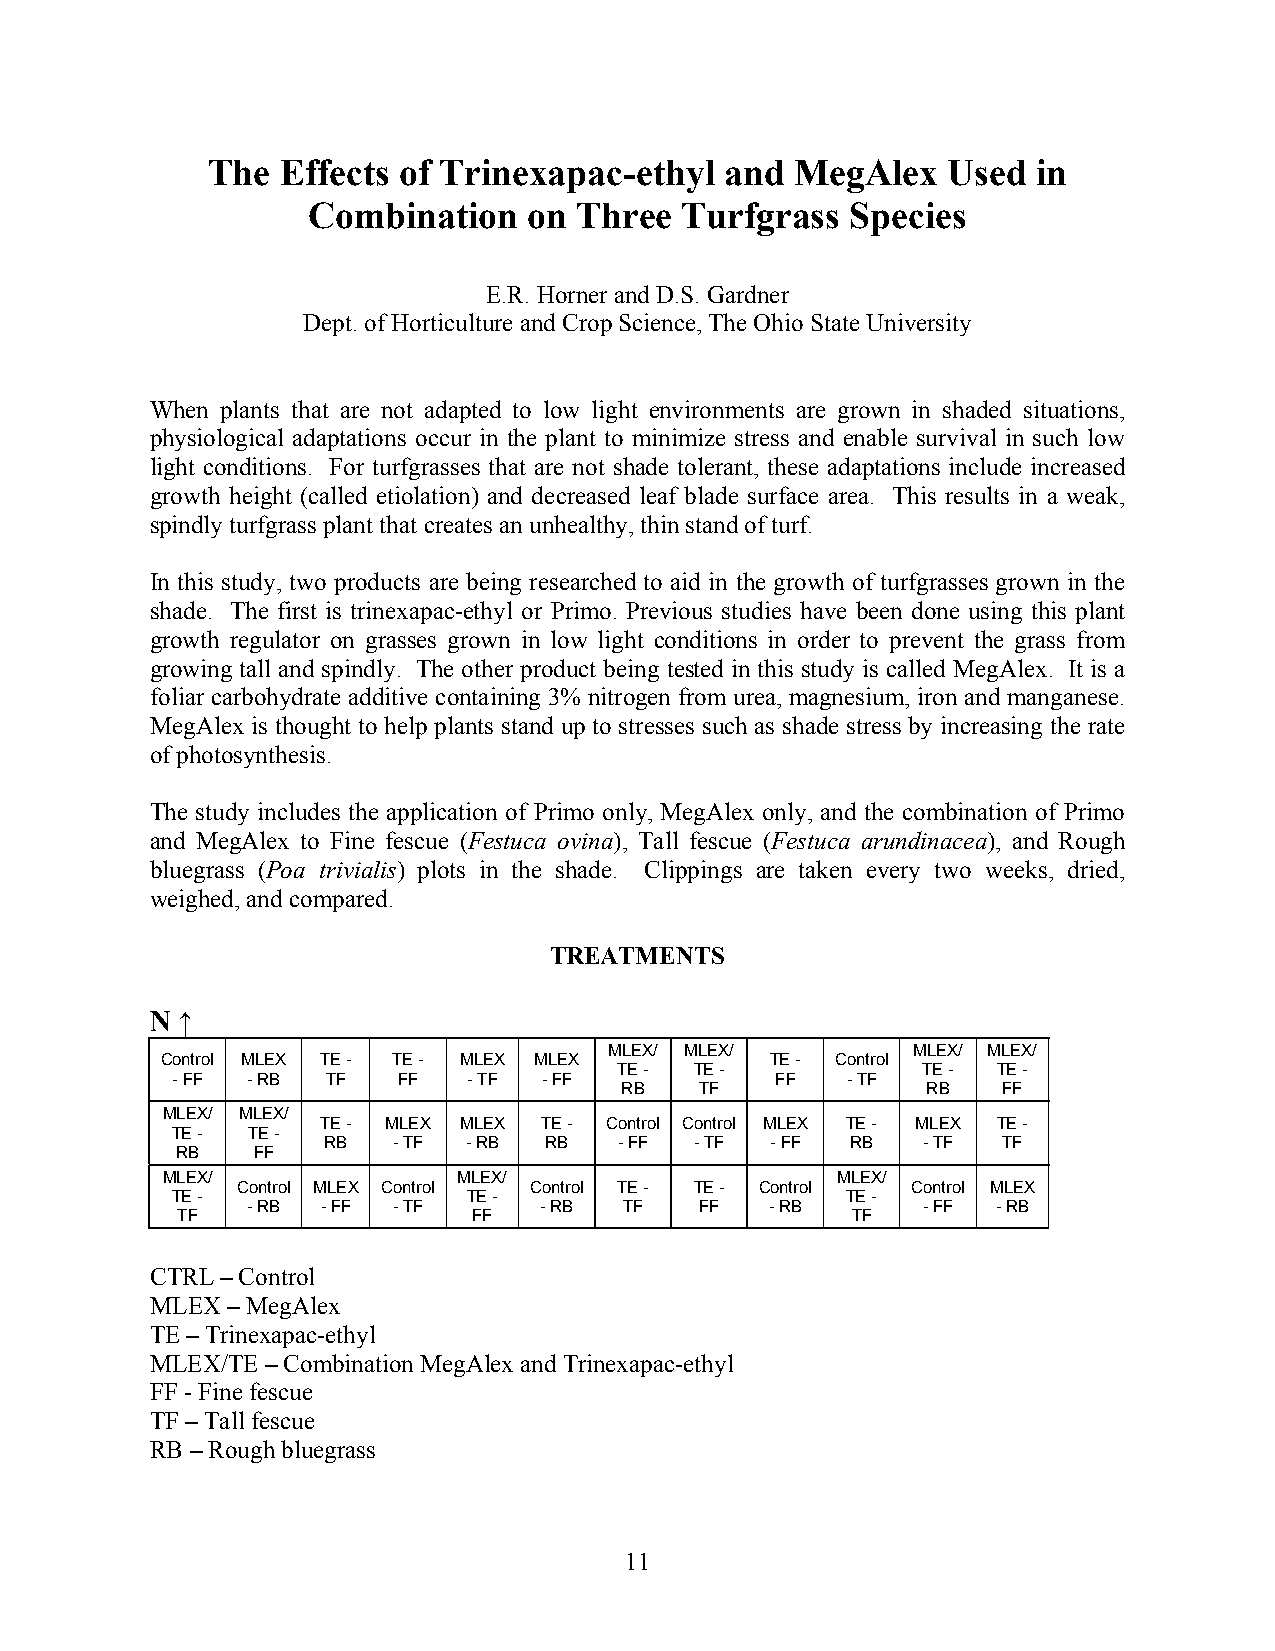
The  Effects of Trinexapac-ethyl  and  MegAlex   Used  in
 Combination    on Three  Turfgrass  Species
 E.R. Horner and D.S. Gardner
 Dept. of Horticulture and Crop Science, The Ohio State University
 When plants that are not adapted to low light environments are grown in shaded situations,
 physiological adaptations occur in the plant to minimize stress and enable survival in such low
 light conditions. For turfgrasses that are not shade tolerant, these adaptations include increased
 growth height (called etiolation) and decreased leaf blade surface area. This results in a weak,
 spindly turfgrass plant that creates an unhealthy, thin stand of turf.
 In this study, two products are being researched to aid in the growth of turfgrasses grown in the
 shade. The first is trinexapac-ethyl or Primo. Previous studies have been done using this plant
 growth regulator on grasses grown in low light conditions in order to prevent the grass from
 growing tall and spindly. The other product being tested in this study is called MegAlex. It is a
 foliar carbohydrate additive containing 3% nitrogen from urea, magnesium, iron and manganese.
 MegAlex is thought to help plants stand up to stresses such as shade stress by increasing the rate
 of photosynthesis.
 The study includes the application of Primo only, MegAlex only, and the combination of Primo
 and MegAlex to Fine fescue (Festuca ovina), Tall fescue (Festuca arundinacea), and Rough
 bluegrass (Poa trivialis) plots in the shade. Clippings are taken every two weeks, dried,
 weighed, and compared.
 TREATMENTS
 N ↑
 MLEX/ MLEX/         MLEX/ MLEX/
 Control MLEX TE - TE - MLEX MLEX        TE - Control
 TE - TE -           TE - TE -
 - FF - RB  TF  FF   - TF - FF           FF   - TF
 RB   TF             RB   FF
 MLEX/ MLEX/
 TE - MLEX MLEX TE - Control Control MLEX TE - MLEX TE -
 TE - TE -
 RB   - TF - RB RB   - FF - TF - FF RB   - TF TF
 RB   FF
 MLEX/              MLEX/                    MLEX/
 Control MLEX Control Control TE - TE - Control Control MLEX
 TE -                TE -                     TE -
 - RB - FF - TF      - RB TF   FF   - RB      - FF - RB
 TF                 FF                       TF
 CTRL – Control
 MLEX – MegAlex
 TE – Trinexapac-ethyl
 MLEX/TE – Combination MegAlex and Trinexapac-ethyl
 FF - Fine fescue
 TF – Tall fescue
 RB – Rough bluegrass
 11